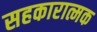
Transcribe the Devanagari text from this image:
सहकारात्मक